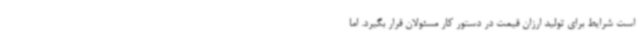
است شرایط برای تولید ارزان قیمت در دستور کار مسئولان قرار بگیرد. اما